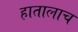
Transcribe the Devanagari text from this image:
हातालाच